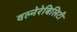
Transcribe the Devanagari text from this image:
वल्नेरेबिलिटी